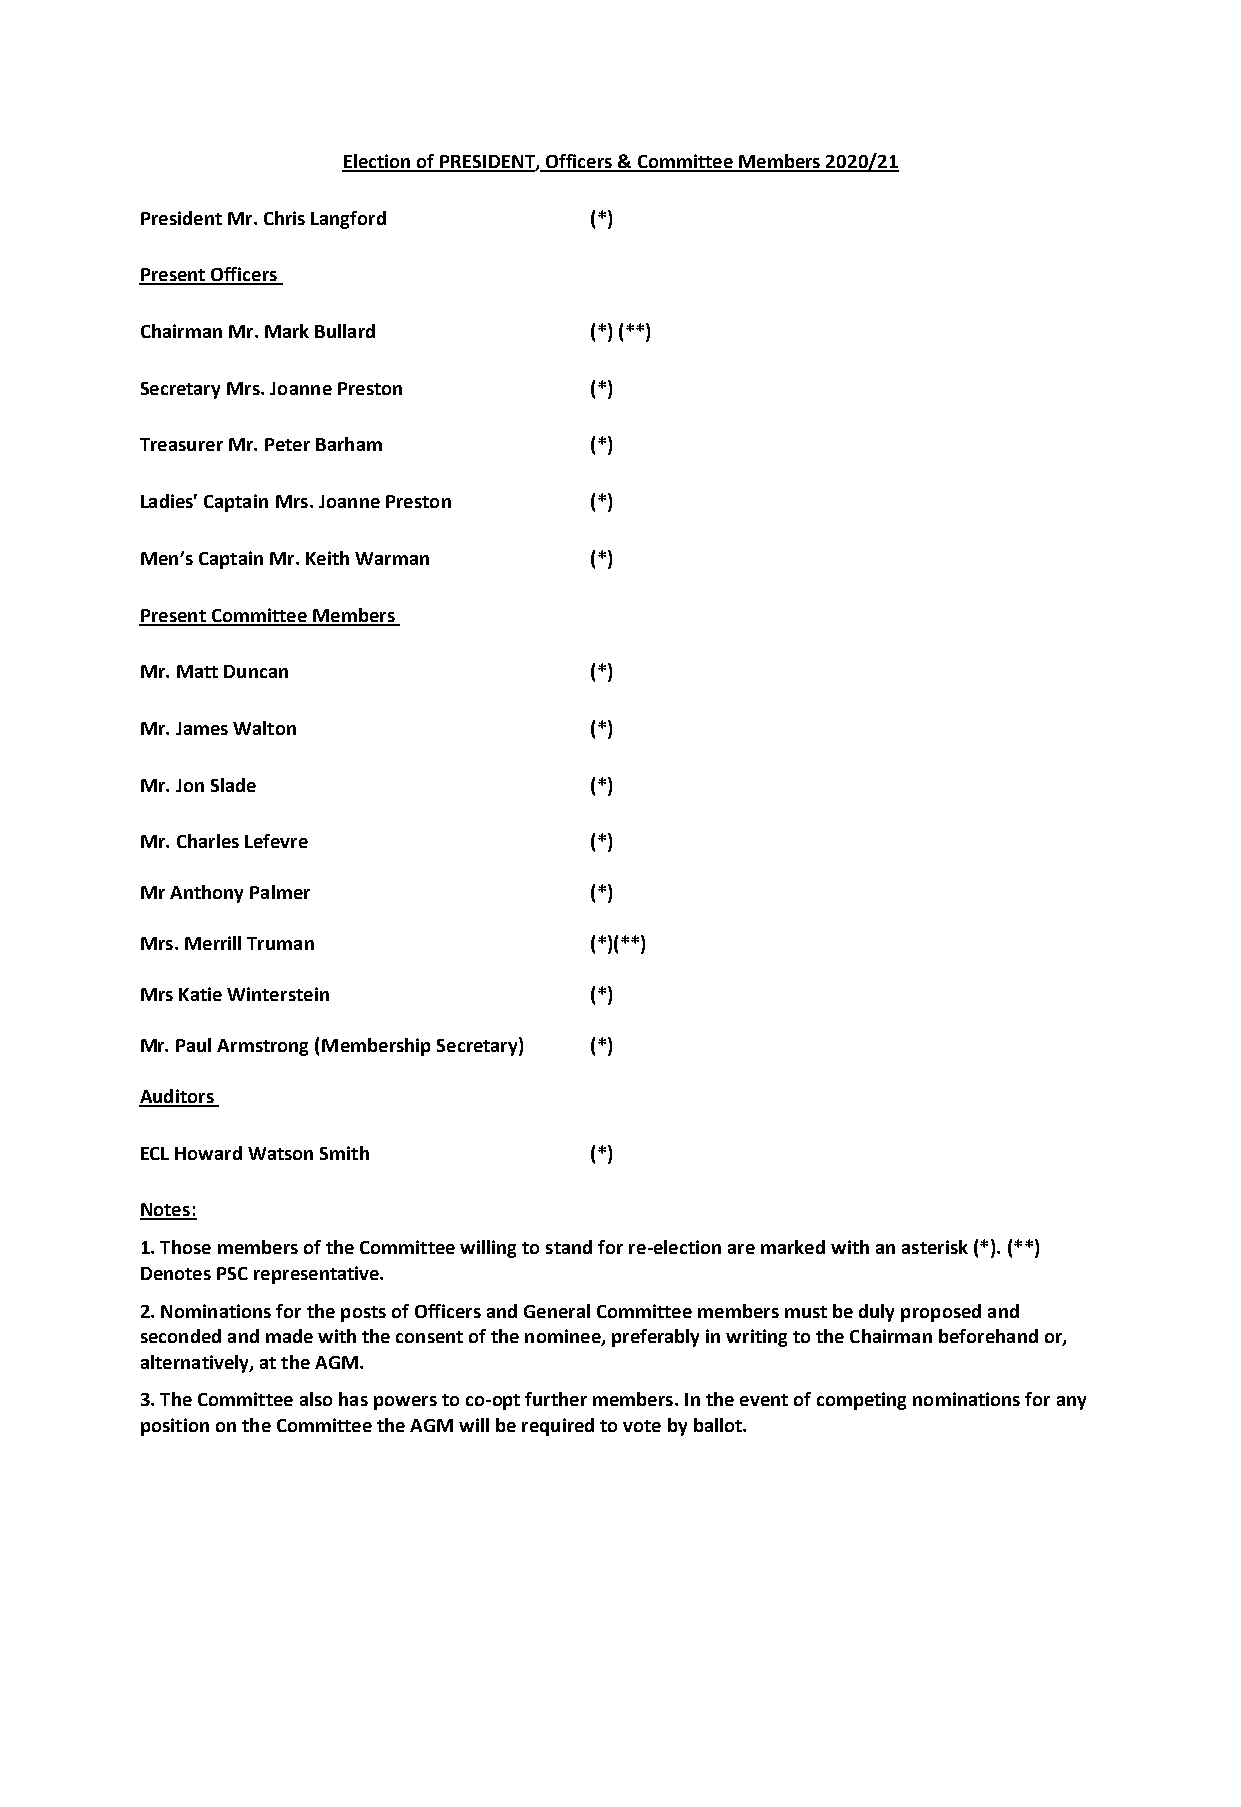
Election of PRESIDENT, Officers & Committee Members 2020/21
 President Mr. Chris Langford  (*)
 Present Officers
 Chairman Mr. Mark Bullard     (*) (**)
 Secretary Mrs. Joanne Preston (*)
 Treasurer Mr. Peter Barham    (*)
 Ladies' Captain Mrs. Joanne Preston (*)
 Men’s Captain Mr. Keith Warman (*)
 Present Committee Members
 Mr. Matt Duncan               (*)
 Mr. James Walton              (*)
 Mr. Jon Slade                 (*)
 Mr. Charles Lefevre           (*)
 Mr Anthony Palmer             (*)
 Mrs. Merrill Truman           (*)(**)
 Mrs Katie Winterstein         (*)
 Mr. Paul Armstrong (Membership Secretary) (*)
 Auditors
 ECL Howard Watson Smith       (*)
 Notes:
 1. Those members of the Committee willing to stand for re-election are marked with an asterisk (*). (**)
 Denotes PSC representative.
 2. Nominations for the posts of Officers and General Committee members must be duly proposed and
 seconded and made with the consent of the nominee, preferably in writing to the Chairman beforehand or,
 alternatively, at the AGM.
 3. The Committee also has powers to co-opt further members. In the event of competing nominations for any
 position on the Committee the AGM will be required to vote by ballot.